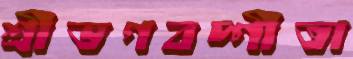
শ্রীভগবদ্গীতা